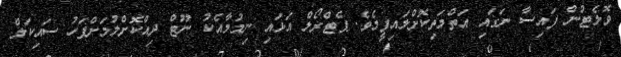
ވޮލެޓުން ފައިސާ ނަގައި އަތްމަތިކޮށްލައިފީމެެވެ. ޕެޓްރޯލް އަޅައި ނިމުމާއެކު ނޫޓް ދިއްކޮށްލުމަށްފަހު ސައިކަލް